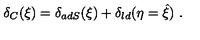
\delta _ { C } ( \xi ) = \delta _ { a d S } ( \xi ) + \delta _ { l d } ( \eta = \hat { \xi } ) \ .